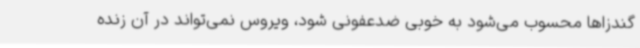
گندزاها محسوب می‌شود به خوبی ضدعفونی شود، ویروس نمی‌تواند در آن زنده